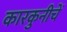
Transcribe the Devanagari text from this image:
कारकुनीचें